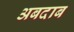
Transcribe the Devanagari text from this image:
अबदाब